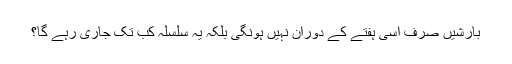
بارشیں صرف اسی ہفتے کے دوران نہیں ہونگی بلکہ یہ سلسلہ کب تک جاری رہے گا؟